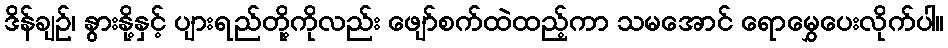
ဒိန်ချဉ်၊ နွားနို့နှင့် ပျားရည်တို့ကိုလည်း ဖျော်စက်ထဲထည့်ကာ သမအောင် ရောမွှေပေးလိုက်ပါ။